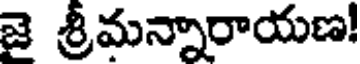
జై శ్రీమన్నారాయణ!